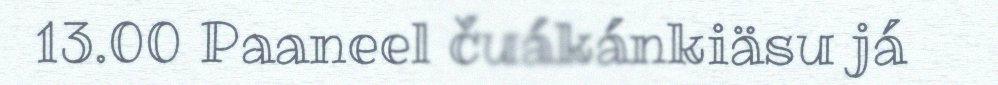
13.00 Paaneel čuákánkiäsu já